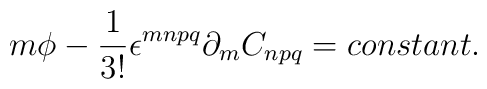
m\phi - \frac{1}{3!}\epsilon^{mnpq}\partial_{m}C_{npq} = constant.